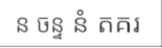
ន ចន្ទ នំ តគរ